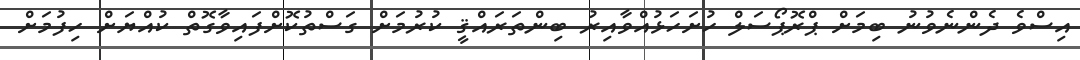
އިސްވެ ދެންނެވުނު ބިމަށް ޕްރޮޕޯސަލް ހުށަހަޅުއްވާއިރު ބިންތަރައްޤީ ކުރުމަށް ގަސްތުކޮށްފައިވާގޮތް ކުއްޔަށް ހިފުމަށް